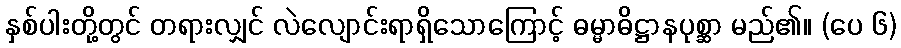
နှစ်ပါးတို့တွင် တရားလျှင် လဲလျောင်းရာရှိသောကြောင့် ဓမ္မာဓိဋ္ဌာနပုစ္ဆာ မည်၏။ (ပေ ၆)